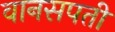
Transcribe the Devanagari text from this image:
वानसपती